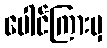
ပေါင်ကြားမှ